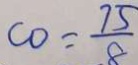
C O = \frac { 7 5 } { 8 }